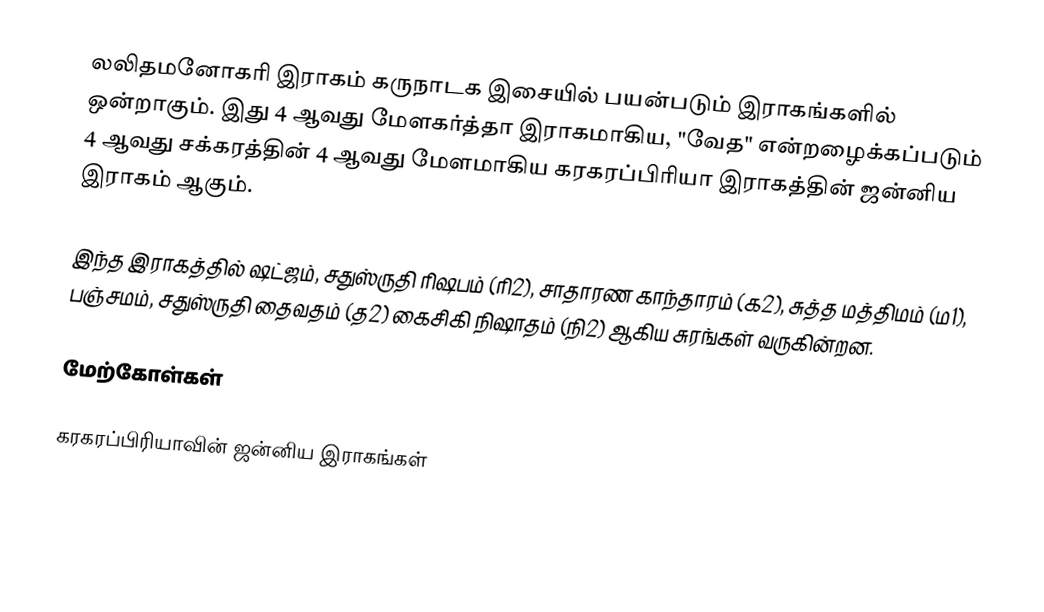
லலிதமனோகரி இராகம் கருநாடக இசையில் பயன்படும் இராகங்களில் ஒன்றாகும். இது 4 ஆவது மேளகர்த்தா இராகமாகிய, "வேத" என்றழைக்கப்படும் 4 ஆவது சக்கரத்தின் 4 ஆவது மேளமாகிய கரகரப்பிரியா இராகத்தின் ஜன்னிய இராகம் ஆகும்.

இந்த இராகத்தில் ஷட்ஜம், சதுஸ்ருதி ரிஷபம் (ரி2), சாதாரண காந்தாரம் (க2), சுத்த மத்திமம் (ம1), பஞ்சமம், சதுஸ்ருதி தைவதம் (த2) கைசிகி நிஷாதம் (நி2) ஆகிய சுரங்கள் வருகின்றன.

மேற்கோள்கள்

கரகரப்பிரியாவின் ஜன்னிய இராகங்கள்